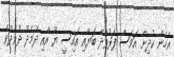
އެހެން ކުދިން އަވަސް ފަރުވާދޭ ބަޔާއި އައިސީ ޔޫ އާއި ދެމެދު ދުވެދުވެ